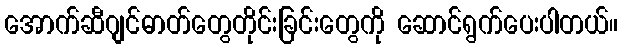
အောက်ဆီဂျင်ဓာတ်တွေတိုင်းခြင်းတွေကို ဆောင်ရွက်ပေးပါတယ်။